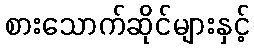
စားသောက်ဆိုင်များနှင့်